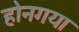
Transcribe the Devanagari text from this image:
होनगया